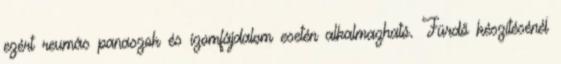
ezért reumás panaszok és izomfájdalom esetén alkalmazható. Fürdő készítésénél